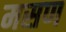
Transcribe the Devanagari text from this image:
मसण